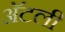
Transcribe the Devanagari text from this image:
अॅटली